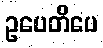
ဥပေတိပေ